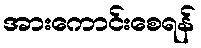
အားကောင်းစေရန်